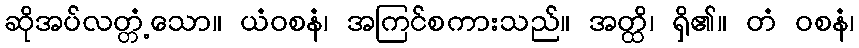
ဆိုအပ်လတ္တံ့သော။ ယံဝစနံ၊ အကြင်စကားသည်။ အတ္ထိ၊ ရှိ၏။ တံ ဝစနံ၊